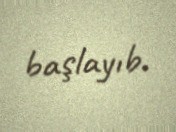
başlayıb.